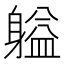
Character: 𬧬